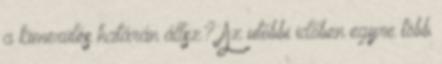
a kimerülés határán állsz? Az utóbbi időben egyre több